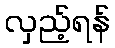
လှည့်ရန်